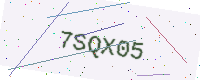
Text: 7SQX05